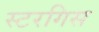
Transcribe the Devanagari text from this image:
स्टरगिस